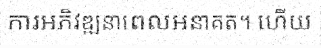
ការអភិវឌ្ឍនាពេលអនាគត។ ហើយ